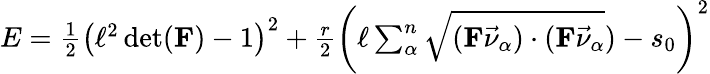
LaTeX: \begin{array}{r}{E=\frac 12\left(\ell^{2}\operatorname*{det}(\mathbf{F})-1\right)^{2}+\frac{r}{2}\left(\ell\sum_{\alpha}^{n}\sqrt{(\mathbf{F}\vec{\nu}_{\alpha})\cdot(\mathbf{F}\vec{\nu}_{\alpha}})-s_{0}\right)^{2}}\end{array}